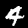
Label: 4